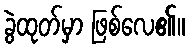
ခွဲထုတ်မှာ ဖြစ်လေ၏။